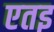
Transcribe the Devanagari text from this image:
एतइ